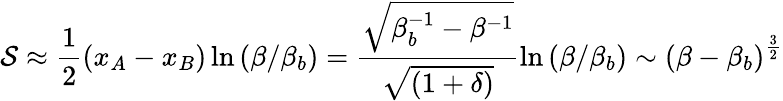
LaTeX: \mathcal{S}\approx\frac{1}{2}(x_{A}-x_{B})\ln\left({\beta/{\beta_{b}}}\right)=\frac{{\sqrt{\beta_{b}^{-1}-{\beta^{-1}}}}}{{\sqrt{\left({1+\delta}\right)}}}\ln\left({\beta/{\beta_{b}}}\right)\sim{\left({\beta-{\beta_{b}}}\right)^{\frac{3}{2}}}